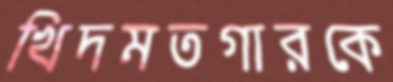
খিদমতগারকে